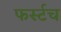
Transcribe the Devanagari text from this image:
फर्स्टच